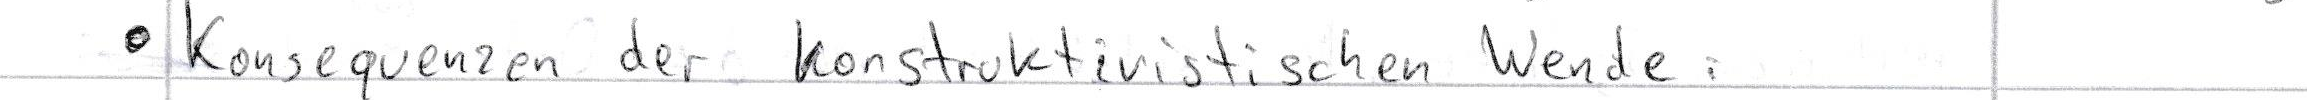
- Konsequenzen der konstruktivistischen Wende.